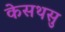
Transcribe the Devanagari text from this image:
केसथसु